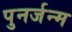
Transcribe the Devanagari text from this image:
पुनर्जन्‍म